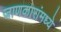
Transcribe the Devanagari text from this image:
जाणकारांमध्ये